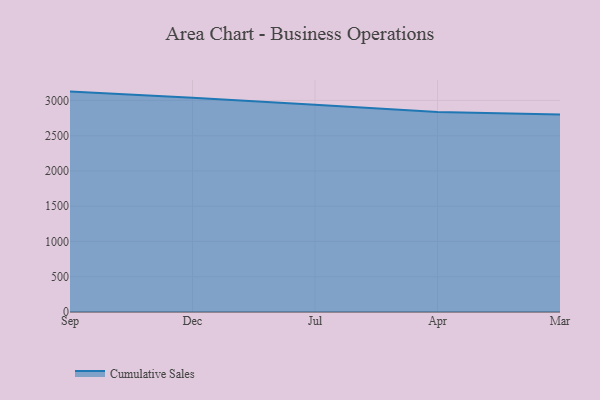
{"axis": {"x": "Month", "y": "Waste Production (Tons)"}, "legend": ["Cumulative Sales"], "data": [{"x": "Sep", "y": 3126.0, "type": "Cumulative Sales"}, {"x": "Dec", "y": 3037.9, "type": "Cumulative Sales"}, {"x": "Jul", "y": 2938.6, "type": "Cumulative Sales"}, {"x": "Apr", "y": 2835.0, "type": "Cumulative Sales"}, {"x": "Mar", "y": 2800.3, "type": "Cumulative Sales"}]}